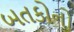
બતકોનો